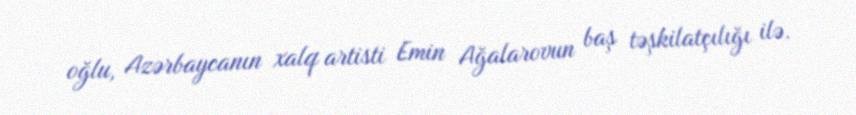
oğlu, Azərbaycanın xalq artisti Emin Ağalarovun baş təşkilatçılığı ilə.